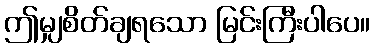
ဤမျှစိတ်ချရသော မြင်းကြီးပါပေ။